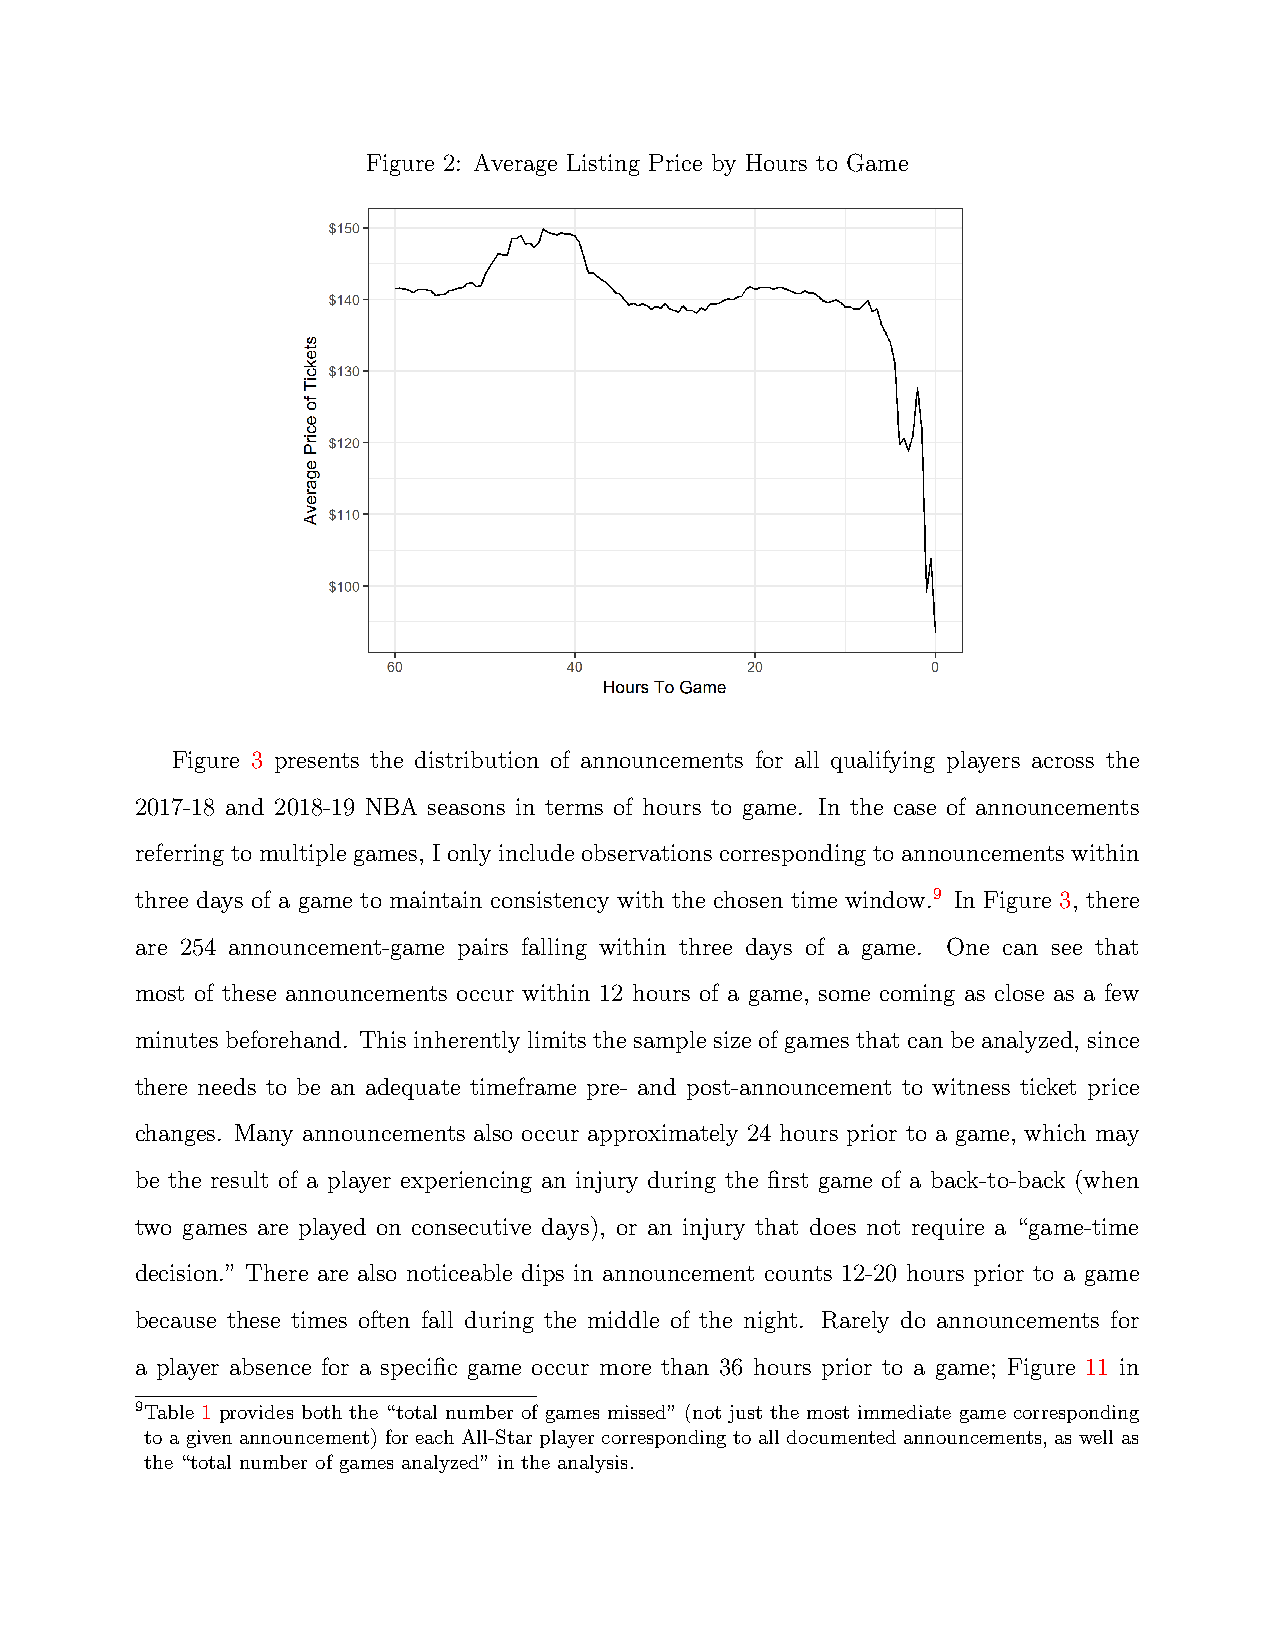
Figure 2: Average Listing Price by Hours to Game
 Figure 3 presents the distribution of announcements for all qualifying players across the
 2017-18 and 2018-19 NBA seasons in terms of hours to game. In the case of announcements
 referring to multiple games, I only include observations corresponding to announcements within
 three days of a game to maintain consistency with the chosen time window.9 In Figure 3, there
 are 254 announcement-game pairs falling within three days of a game. One can see that
 most of these announcements occur within 12 hours of a game, some coming as close as a few
 minutes beforehand. This inherently limits the sample size of games that can be analyzed, since
 there needs to be an adequate timeframe pre- and post-announcement to witness ticket price
 changes. Many announcements also occur approximately 24 hours prior to a game, which may
 be the result of a player experiencing an injury during the first game of a back-to-back (when
 two games are played on consecutive days), or an injury that does not require a “game-time
 decision.” There are also noticeable dips in announcement counts 12-20 hours prior to a game
 because these times often fall during the middle of the night. Rarely do announcements for
 a player absence for a specific game occur more than 36 hours prior to a game; Figure 11 in
 9Table 1 provides both the “total number of games missed” (not just the most immediate game corresponding
 to a given announcement) for each All-Star player corresponding to all documented announcements, as well as
 the “total number of games analyzed” in the analysis.